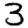
Digit: 3